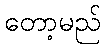
တော့မည်